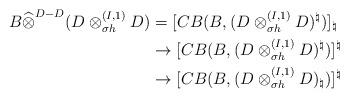
LaTeX: \begin{align*}B\widehat{\otimes}^{D-D}(D\otimes_{\sigma h}^{(I,1)}D)&=[CB(B,(D\otimes_{\sigma h}^{(I,1)}D)^\natural)]_\natural\\&\to [CB(B,(D\otimes_{\sigma h}^{(I,1)}D)^\natural)]^\natural\\&\to [CB(B,(D\otimes_{\sigma h}^{(I,1)}D)_\natural)]^\natural\end{align*}